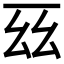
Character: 𫠩